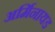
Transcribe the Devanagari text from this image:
अर्मिनायड